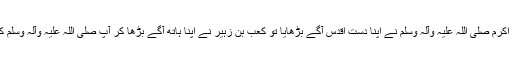
سو حضور نبی اکرم صلی اللہ علیہ وآلہ وسلم نے اپنا دستِ اقدس آگے بڑھایا تو کعب بن زہیر نے اپنا ہاتھ آگے بڑھا کر آپ صلی اللہ علیہ وآلہ وسلم کی بیعت کر لی۔